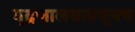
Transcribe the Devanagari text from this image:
मुद्रणालयामधूनच